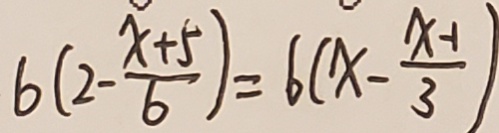
6 ( 2 - \frac { x + 5 } { 6 } ) = 6 ( x - \frac { x - 1 } { 3 } )